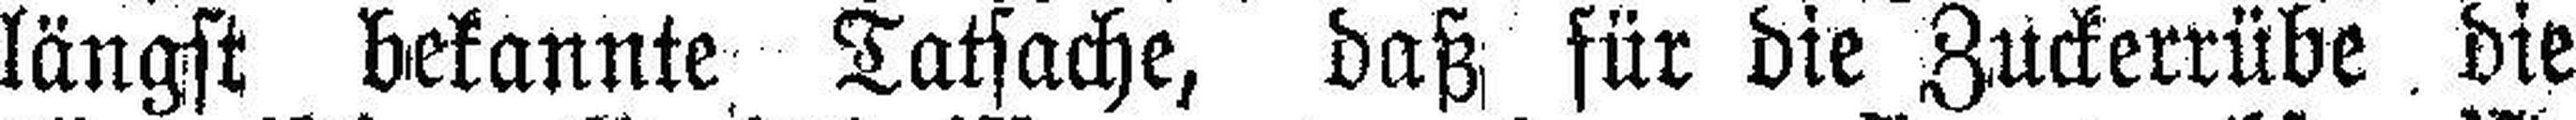
längst bekannte Tatsache, daß für die Zuckerrübe die